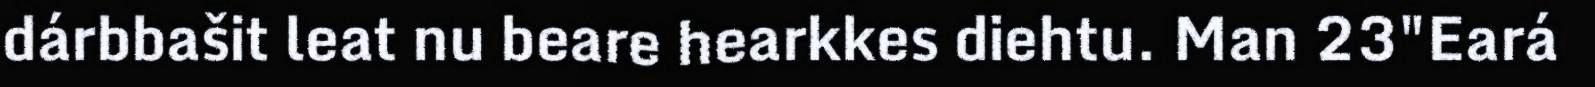
dárbbašit leat nu beare hearkkes diehtu. Man 23"Eará